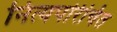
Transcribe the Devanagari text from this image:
नित्यपरिचित